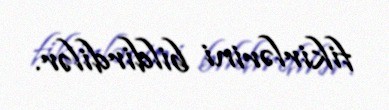
fikirlərini bildirdilər.